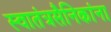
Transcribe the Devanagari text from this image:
स्वातंत्रसैनिकांना